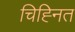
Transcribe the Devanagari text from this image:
चिह्‍नित